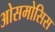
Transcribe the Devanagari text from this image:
ओसमोसिस